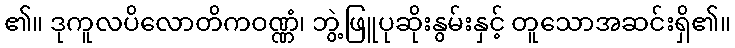
၏။ ဒုကူလပိလောတိကဝဏ္ဏံ၊ ဘွဲ့ဖြူပုဆိုးနွမ်းနှင့် တူသောအဆင်းရှိ၏။